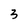
Character: 3